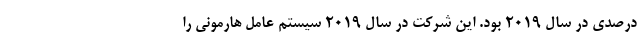
درصدی در سال ۲۰۱۹ بود. این شرکت در سال ۲۰۱۹ سیستم عامل هارمونی را